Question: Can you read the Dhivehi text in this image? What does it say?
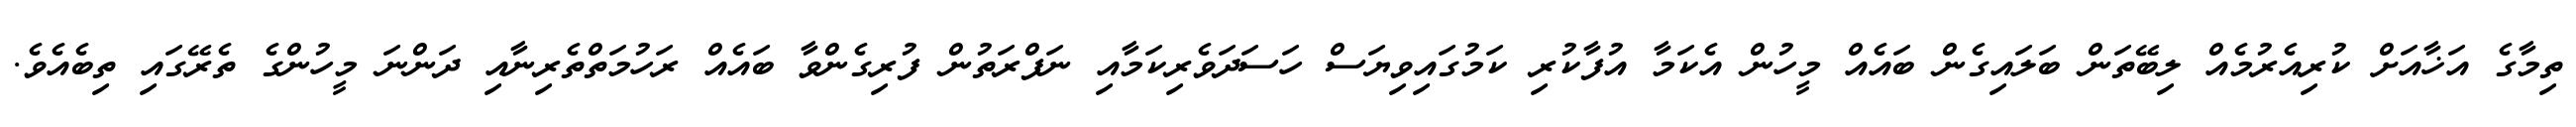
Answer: ތިމާގެ އަޚާއަށް ކުރިއެރުމެއް ލިބޭތަން ބަލައިގެން ބައެއް މީހުން އެކަމާ އުފާކުރި ކަމުގައިވިޔަސް ހަސަދަވެރިކަމާއި ނަފްރަތުން ފުރިގެންވާ ބައެއް ރަހުމަތްތެރިނާއި ދަންނަ މީހުންގެ ތެރޭގައި ތިބެއެވެ.